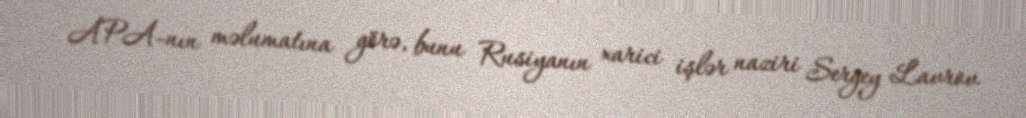
APA-nın məlumatına görə, bunu Rusiyanın xarici işlər naziri Sergey Lavrov